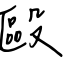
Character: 毆